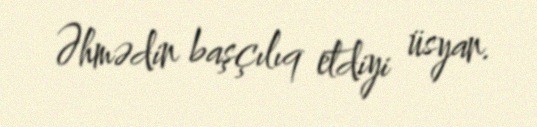
Əhmədin başçılıq etdiyi üsyan.